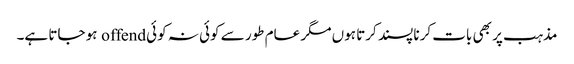
مذہب پر بھی بات کرنا پسند کرتا ہوں مگر عام طور سے کوئی نہ کوئی offend ہو جاتا ہے۔